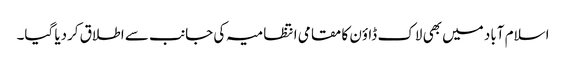
اسلام آباد میں بھی لاک ڈاؤن کا مقامی انتظامیہ کی جانب سے اطلاق کردیا گیا۔